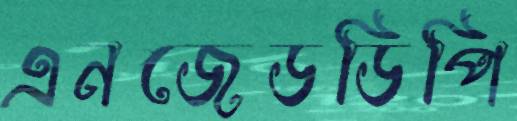
এনজেডডিপি